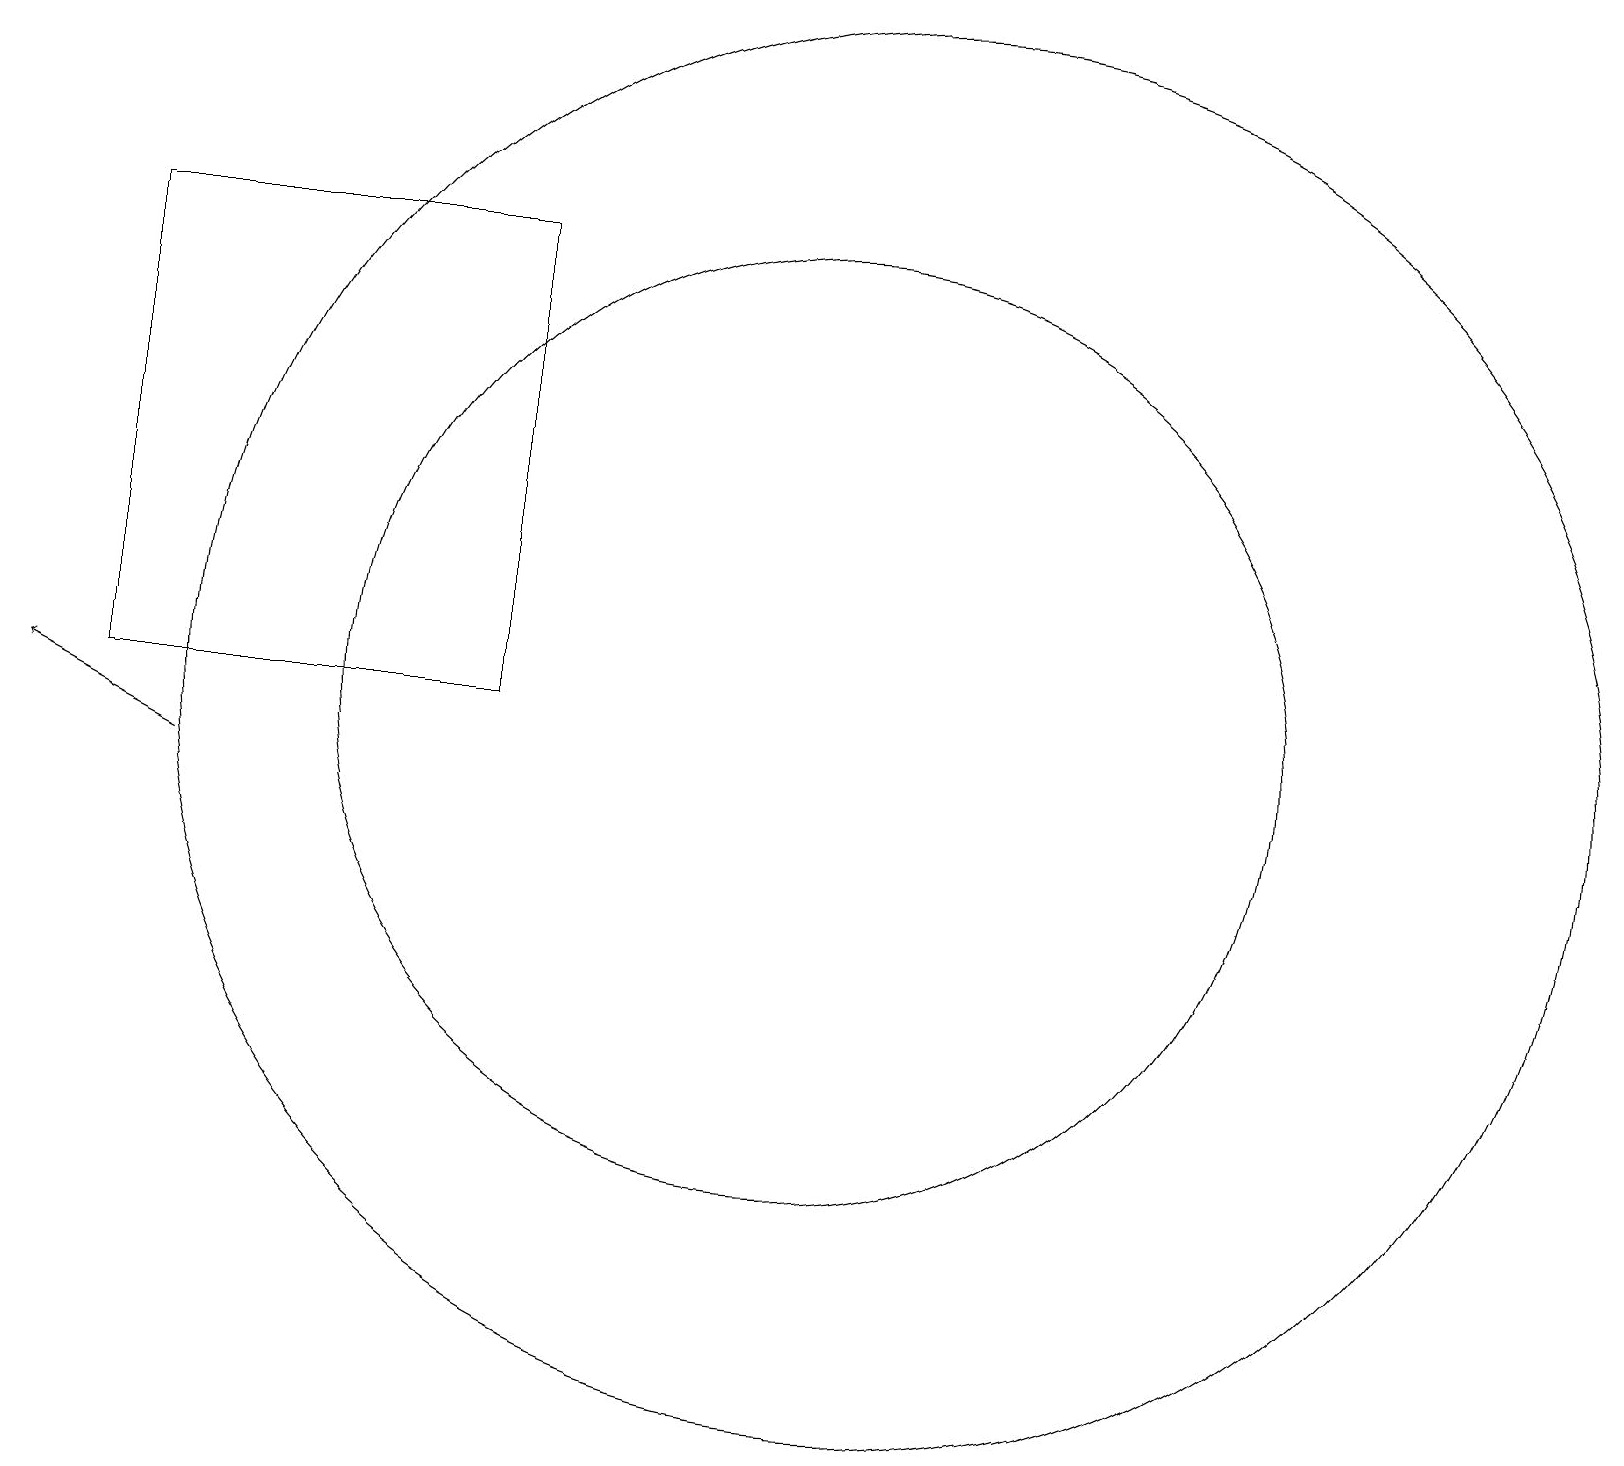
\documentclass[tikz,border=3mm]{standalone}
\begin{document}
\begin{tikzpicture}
\draw (7,12) rectangle (2,18);
\draw (12,12) circle (9);
\draw (11,12) circle (6);
\draw[->] (3,11) -- (1,12);
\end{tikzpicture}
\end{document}